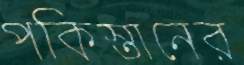
পকিস্তানের